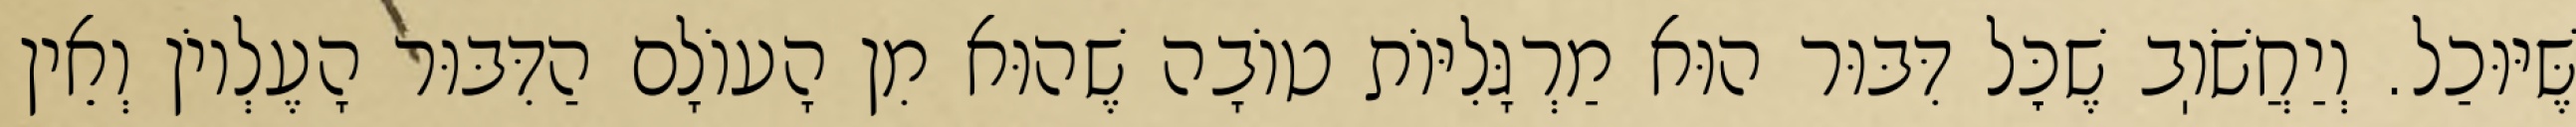
שֶּׁיּוּכַל. וְיַחֲשֹׁוֽב שֶׁכׇּל דִּבּוּר הוּא מַרְגָּלִיּוֹת טוֹבָה שֶׁהוּא מִן הָעוֹלָם הַדִּבּוּר הָעֶלְיוֹן וְאֵין